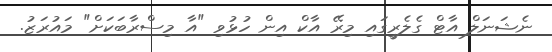
ނެޝަނަލް އާޓް ގެލެރީގައި މިރޭ އާކް އިން ހުޅުވި "އާ މިސްރާބަކަށް" މައުރަޒު.